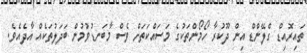
ތައިރޮއިޑް ގްލޭންޑް އިން ދޫކުރާ ހޯމޯންތަކުގެ މަސައްކަތަށް ވެސް މާބަނޑުވުމުން ބަދަލުތަކެއް އާދެއެވެ.